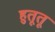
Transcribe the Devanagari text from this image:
हुतूतू